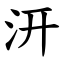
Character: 汧